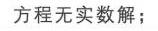
方程无实数解；